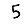
Digit: 5